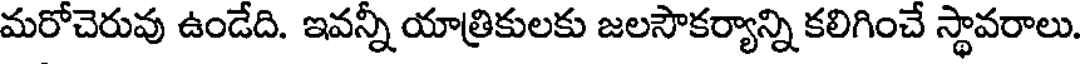
మరోచెరువు ఉండేది. ఇవన్నీ యాత్రికులకు జలసౌకర్యాన్ని కలిగించే స్థావరాలు.